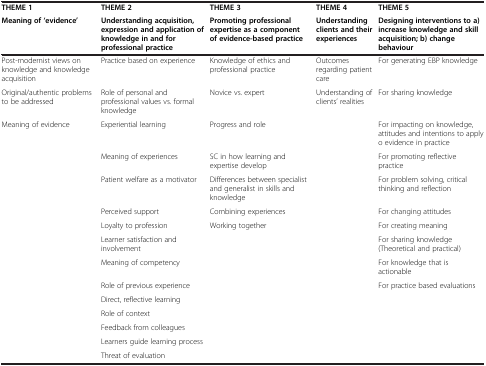
| THEME 1 | THEME 2 | THEME 3 | THEME 4 | THEME 5 |
 | Meaning of ‘evidence’ | Understanding acquisition, expression and application of knowledge in and for professional practice | Promoting professional expertise as a component of evidence-based practice | Understanding clients and their experiences | Designing interventions to a) increase knowledge and skill acquisition; b) change behaviour |
 | --- | --- | --- | --- | --- |
 | Post-modernist views on knowledge and knowledge acquisition | Practice based on experience | Knowledge of ethics and professional practice | Outcomes regarding patient care | For generating EBP knowledge |
 | Original/authentic problems to be addressed | Role of personal and professional values vs. formal knowledge | Novice vs. expert | Understanding of clients’ realities | For sharing knowledge |
 | Meaning of evidence | Experiential learning | Progress and role |  | For impacting on knowledge, attitudes and intentions to apply o evidence in practice |
 |  | Meaning of experiences | SC in how learning and expertise develop |  | For promoting reflective practice |
 |  | Patient welfare as a motivator | Differences between specialist and generalist in skills and knowledge |  | For problem solving, critical thinking and reflection |
 |  | Perceived support | Combining experiences |  | For changing attitudes |
 |  | Loyalty to profession | Working together |  | For creating meaning |
 |  | Learner satisfaction and involvement |  |  | For sharing knowledge (Theoretical and practical) |
 |  | Meaning of competency |  |  | For knowledge that is actionable |
 |  | Role of previous experience |  |  | For practice based evaluations |
 |  | Direct, reflective learning |  |  |  |
 |  | Role of context |  |  |  |
 |  | Feedback from colleagues |  |  |  |
 |  | Learners guide learning process |  |  |  |
 |  | Threat of evaluation |  |  |  |